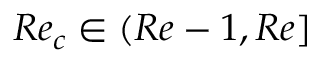
R e _ { c } \in ( R e - 1 , R e ]